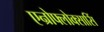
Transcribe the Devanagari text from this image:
एन्रोफ्लोक्सासिं